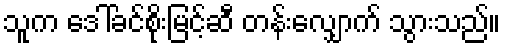
သူက ဒေါ်ခင်စိုးမြင့်ဆီ တန်းလျှောက် သွားသည်။